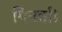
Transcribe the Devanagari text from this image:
मिनर्वा।